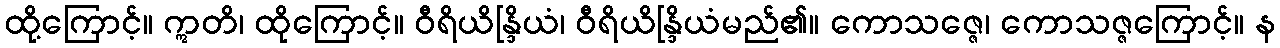
ထို့ကြောင့်။ ဣတိ၊ ထိုကြောင့်။ ဝီရိယိန္ဒြိယံ၊ ဝီရိယိန္ဒြိယံမည်၏။ ကောသဇ္ဇေ၊ ကောသဇ္ဇကြောင့်။ န